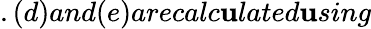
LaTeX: .(d)and(e)arecalc\mathbf{u}lated\mathbf{u}sing